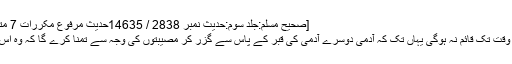
[صحیح مسلم:جلد سوم:حدیث نمبر 2838 / 14635حدیث مرفوع مکررات 7 متفق علیہ 6
قیامت اس وقت تک قائم نہ ہوگی یہاں تک کہ آدمی دوسرے آدمی کی قبر کے پاس سے گزر کر مصیبتوں کی وجہ سے تمنا کرے گا کہ وہ اس جگہ ہوتا۔